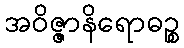
အဝိဇ္ဇာနိရောဓဉ္စ